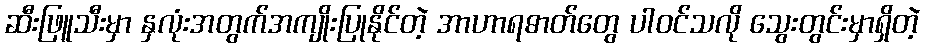
ဆီးဖြူသီးမှာ နှလုံးအတွက်အကျိုးပြုနိုင်တဲ့ အာဟာရဓာတ်တွေ ပါဝင်သလို သွေးတွင်းမှာရှိတဲ့